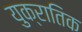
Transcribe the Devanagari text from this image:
युक्रातिक